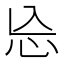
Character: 㤀